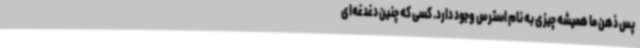
پس ذهن ما همیشه چیزی به نام استرس وجود دارد. کسی که چنین دغدغه‌ای